Lunatic asylums Central Provinces reports 1895-1909 - 1895-1909
Year: 1895
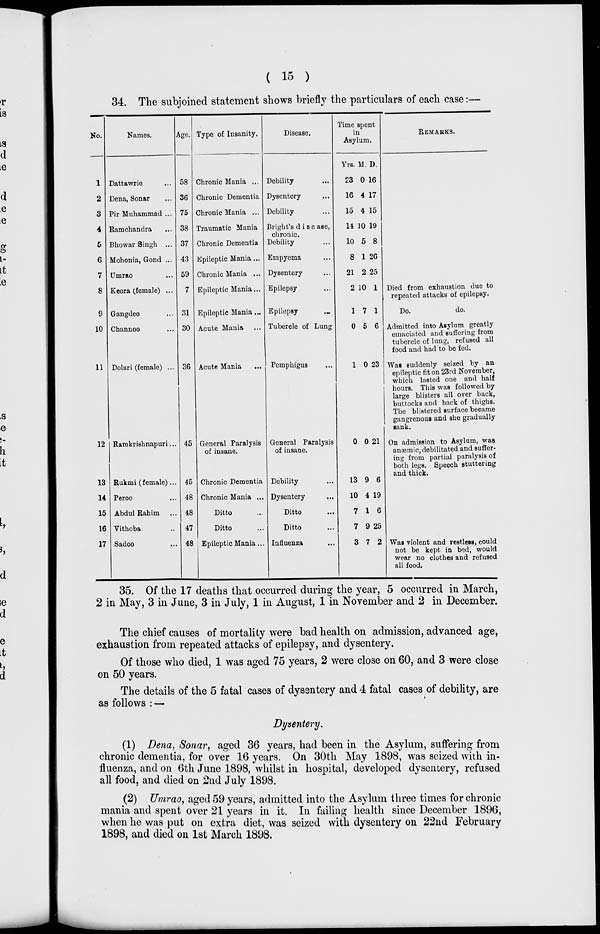
( 15 )
34. The subjoined statement shows briefly the particulars of each case:—
No.
1
2
3
4
5
6
7
8
9
10
11
12
13
14
15
16
17
Names.
Dattawrie ...
Dena, Sonar ...
Pir Muhammad ...
Ramchandra ...
Bhowar Singh ...
Mohonia, Gond ...
Umrao ...
Keora (female) ...
Gangdeo ...
Channoo ...
Dolari (female) ...
Ramkrishnapuri ...
Rukmi (female)...
Peroo ...
Abdul Rahim ...
Vithoba ...
Sadoo ...
Age.
58
36
75
38
37
43
59
7
31
30
36
45
45
48
48
47
48
Type of Insanity.
Chronic Mania ...
Chronic Dementia
Chronic Mania ...
Traumatic Mania
Chronic Dementia
Epileptic Mania ...
Chronic Mania ...
Epileptic Mania...
Epileptic Mania ...
Acute Mania ...
Acute Mania ...
General Paralysis
of insane.
Chronic Dementia
Chronic Mania ...
Ditto ...
Ditto
Epileptic Mania ...
Disease.
Debility ...
Dysentery ...
Debility ...
Bright's disease,
chronic.
Debility ...
Empyema ...
Dysentery ...
Epilepsy
Epilepsy ...
Tubercle of Lung
Pemphigus ...
General Paralysis
of insane.
Debility...
Dysentery ...
Ditto ...
Ditto ...
Influenza
Time spent
in
Asylum.
Yrs.
23
16
15
14
10
8
21
2
1
0
1
0
13
10
7
7
3
M.
0
4
4
10
5
1
2
10
7
5
0
0
9
4
1
9
7
D.
16
17
15
19
8
26
25
1
1
6
23
21
6
19
6
25
2
REMARKS.
Died from exhaustion due to
repeated attacks of epilepsy.
Do.
do.
Admitted into Asylum greatly
emaciated and suffering from
tubercle of lung, refused all
food and had to be fed.
Was suddenly seized by an
epileptic fit on 23rd November,
which lasted one and half
hours. This was followed by
large blisters all over back,
buttocks and back of thighs.
The blistered surface became
gangrenous and she gradually
sank.
On admission to Asylum, was
anæmic, debilitated and suffer-
ing from partial paralysis of
both legs. Speech stuttering
and thick.
Was violent and restless, could
not be kept in bed, would
wear no clothes and refused
all food.
35. Of the 17 deaths that occurred during the year, 5 occurred in March,
2 in May, 3 in June, 3 in July, 1 in August, 1 in November and 2 in December.
The chief causes of mortality were bad health on admission, advanced age,
exhaustion from repeated attacks of epilepsy, and dysentery.
Of those who died, 1 was aged 75 years, 2 were close on 60, and 3 were close
on 50 years.
The details of the 5 fatal cases of dysentery and 4 fatal cases of debility, are
as follows : —
Dysentery.
(1) Dena, Sonar, aged 36 years, had been in the Asylum, suffering from
chronic dementia, for over 16 years. On 30th May 1898, was seized with in-
fluenza, and on 6th June 1898, whilst in hospital, developed dysentery, refused
all food, and died on 2nd July 1898.
(2) Umrao, aged 59 years, admitted into the Asylum three times for chronic
mania and spent over 21 years in it. In failing health since December 1896,
when he was put on extra diet, was seized with dysentery on 22nd February
1898, and died on 1st March 1898.